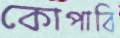
কোপাবি